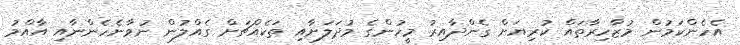
އެހެންކަމުން މުޒާހިރާތައް ކުރިޔަށް ގެންދާއިރު މީހުންގެ މުދަލަށާއި ތަކެއްޗަށް ގެއްލުން ނުވާނެހެންނާއި އާއްމު